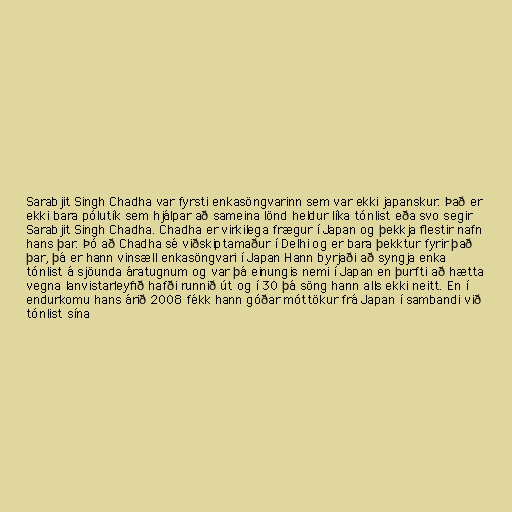
Sarabjit Singh Chadha var fyrsti enkasöngvarinn sem var ekki japanskur. Það er
ekki bara pólutík sem hjálpar að sameina lönd heldur líka tónlist eða svo segir
Sarabjit Singh Chadha. Chadha er virkilega frægur í Japan og þekkja flestir nafn
hans þar. Þó að Chadha sé viðskiptamaður í Delhi og er bara þekktur fyrir það
þar, þá er hann vinsæll enkasöngvari í Japan Hann byrjaði að syngja enka
tónlist á sjöunda áratugnum og var þá einungis nemi í Japan en þurfti að hætta
vegna lanvistarleyfið hafði runnið út og í 30 þá söng hann alls ekki neitt. En í
endurkomu hans árið 2008 fékk hann góðar móttökur frá Japan í sambandi við
tónlist sína